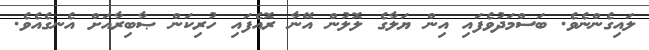
ލައިގެންނެވެ. ބަސްމަދުވެފައި އިން ޔަލާގެ ލޮލުން އޭނާ ރޮއެފައި ހުރިކަން ޞާބިރާއަށް އެނގެއެވެ.